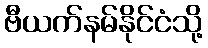
ဗီယက်နမ်နိုင်ငံသို့